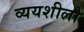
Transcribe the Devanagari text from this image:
व्ययशीलो